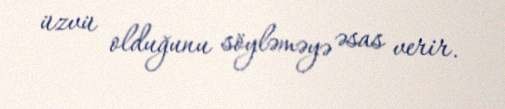
üzvü olduğunu söyləməyə əsas verir.